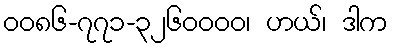
၀၀၈၆-၇၇၁-၃၂၆၀၀၀၀၊ ဟယ်၊ ဒါက